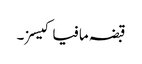
قبضہ مافیا کیسز۔